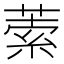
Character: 𦵫